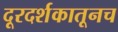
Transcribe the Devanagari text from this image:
दूरदर्शकातूनच